Vaccination North-Western Provinces 1866-1877 - 1866-1877
Year: 1866
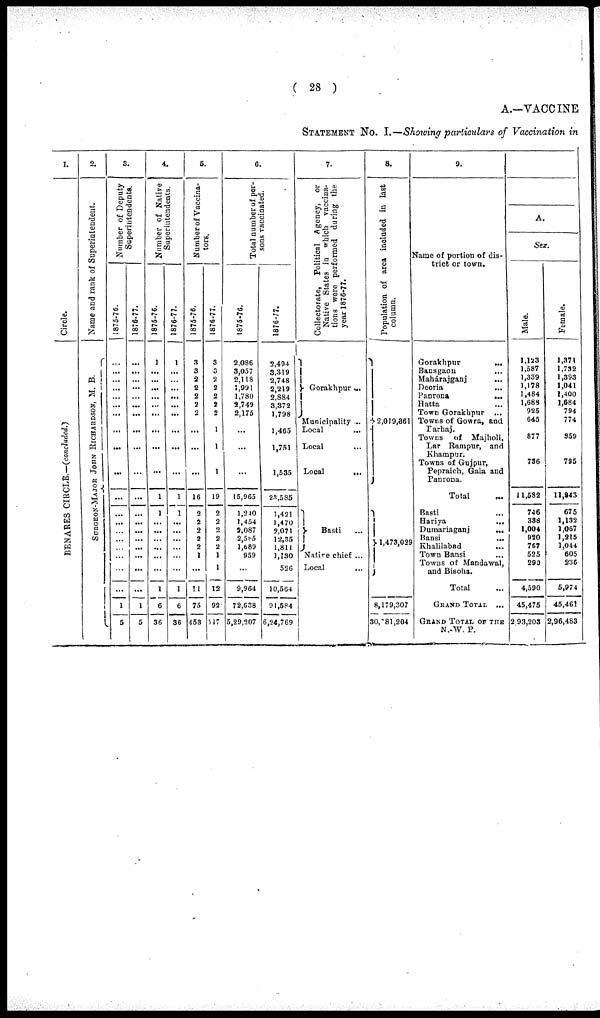
( 28 )
A.-VACCINE
STATEMENT NO. I.—Showing particulars of Vaccination in
1.
Circle.
BENARES CIRCLE.—(concluded.)
2.
Name and rank of Superintendent.
SURGEON-MAJOR JOHN RICHARDSON, M. B.
3.
Number of Deputy
Superintendents.
1875-76.
...
...
...
...
...
...
...
...
...
...
...
...
...
...
...
...
...
...
...
1
5
1876-77.
...
...
...
...
...
...
...
...
...
...
...
...
...
...
...
...
...
...
...
1
5
4.
Number of Native
Superintendents.
1875-76.
1
...
...
...
...
...
...
...
...
...
1
1
...
...
... ...
...
...
1
6
36
1876-77.
1
...
...
...
...
...
...
...
...
...
1
1
...
...
...
...
...
...
1
6
36
5.
Number of Vaccina-
tors.
1875-76.
3
3
2
2
2
2
2
...
...
...
16
2
2
2
2
2
1
...
11
75
453
1876-77.
3
3
2
2
2
2
2
1
1
1
19
2
2
2
2
2
1
1
12
92
517
6.
Total number of per-
sons vaccinated.
1875-76.
2,086
3,057
2,118
1,991
1,780
2,749
2,175
...
...
...
15,965
1,240
1,454
2,087
2,585
1,689
959
...
9,964
72,638
5,29,207
1876-77.
2,494
3,319
2,748
2,219
2,884
3,372
1,798
1,465
1,751
1,535
23,585
1,421
1,470
2,071
12,35
1,811
1,130
526
10,564
91,584
6,24,769
7.
Collectorate, Political Agency, or
Native States in which vaccina-
tions were performed during the
year 1876-77.
Gorakhpur ...
Municipality ..
Local
...
Local ...
Local
...
Basti
...
Native chief ...
Local
8.
Population of area included in last
column.
2,019,361
1,473,029
8,179,307
30,381,204
9.
Name of portion of dis-
trict or town.
Gorakhpur
...
Bansgaon ...
Mahárajganj
...
Deoria ...
Panrona
...
Hatta
Town Gorakhpur ...
Towns of Gowra, and
Barhaj.
Towns of Majholi,
Lar Rampur, and
Khampur.
Towns of Gujpur,
Pepraich, Gala and
Panrona.
Total ...
Basti ...
Hariya ...
Dumariaganj
...
Bansi
...
Khalilabad ...
Town Bansi ...
Towns of Mandawal,
and Bisoha.
Total ...
GRAND TOTAL ...
GRAND TOTAL OF THE
N.-W. P.
A.
Sex.
Male.
1,123
1,587
1,339
1,178
1,484
1,688
925
645
877
736
11,582
746
338
1,004
920
767
525
290
4,590
45,475
2,93,203
Female.
1,371
1,732
1,393
1,041
1,400
1,684
794
774
359
795
11,843
675
1,132
1,067
1,215
1,044
605
236
5,974
45,461
2,96,483